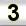
Digit: 3